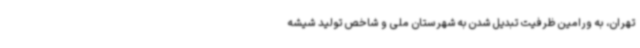
تهران، به ورامین ظرفیت تبدیل شدن به شهرستان ملی و شاخص تولید شیشه